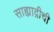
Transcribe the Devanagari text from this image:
साह्याद्रीची